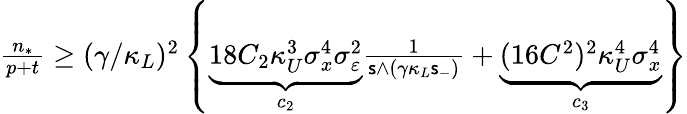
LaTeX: \begin{array}{r}{\frac{n_{*}}{p+t}\ge(\gamma/\kappa_{L})^{2}\left\{ \underbrace{18C_{2}\kappa_{U}^{3}\sigma_{x}^{4}\sigma_{\varepsilon}^{2}}_{c_{2}}\frac{1}{\mathsf{s}\land(\gamma\kappa_{L}\mathsf{s}_{-})}+\underbrace{(16C^{2})^{2}\kappa_{U}^{4}\sigma_{x}^{4}}_{c_{3}}\right\} }\end{array}